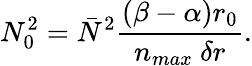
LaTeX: N_{0}^{2}=\bar{N}^{2}\frac{(\beta-\alpha)r_{0}}{n_{max}~\delta r}.